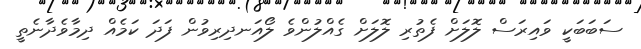
ސަބަބަކީ ވައިރަސް ލޮލަށް ފެތުރި ލޮލަށް ގެއްލުންވެ ލޯއަނދިރިވުން ފަދަ ކަމެއް ދިމާވެދާނެތީ